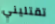
تقتليني